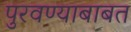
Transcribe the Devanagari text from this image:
पुरवण्याबाबत